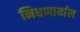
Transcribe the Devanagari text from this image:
निघणार्याल